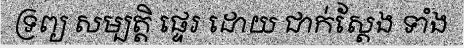
ទ្រព្យ សម្បត្តិ ផ្ទេរ ដោយ ជាក់ស្តែង ទាំង